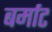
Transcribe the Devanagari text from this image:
बर्माट